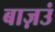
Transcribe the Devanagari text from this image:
बाज़उं